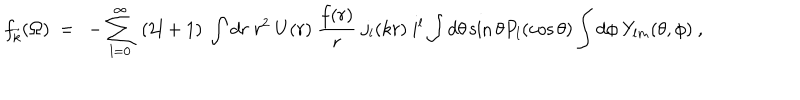
f _ { \vec { k } } ( \Omega ) ~ = ~ - \sum _ { l = 0 } ^ { \infty } ~ ( 2 l + 1 ) ~ \int d r ~ r ^ { 2 } ~ U ( r ) ~ \frac { f ( r ) } { r } ~ j _ { l } ( k r ) ~ i ^ { l } \int d \theta \sin \theta P _ { l } ( \cos \theta ) \int d \phi ~ Y _ { l m } ( \theta , \phi ) ~ ,